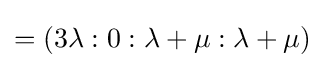
=(3\lambda :0:\lambda +\mu :\lambda +\mu )